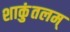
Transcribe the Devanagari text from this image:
शाकुंतलम्‌